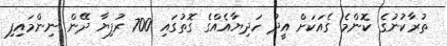
ތުރާކުނުގެ ކޮންމެ ގެއަކަށް އީދު ހަދިޔާއެއްގެ ގޮތުގައި 700 ރުފިޔާ ދޭން ނިންމައިފި